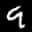
Label: 9